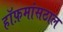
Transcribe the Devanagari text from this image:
हॉफ़मांसठाल